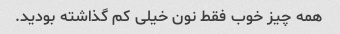
همه چیز خوب فقط نون خیلی کم گذاشته بودید.